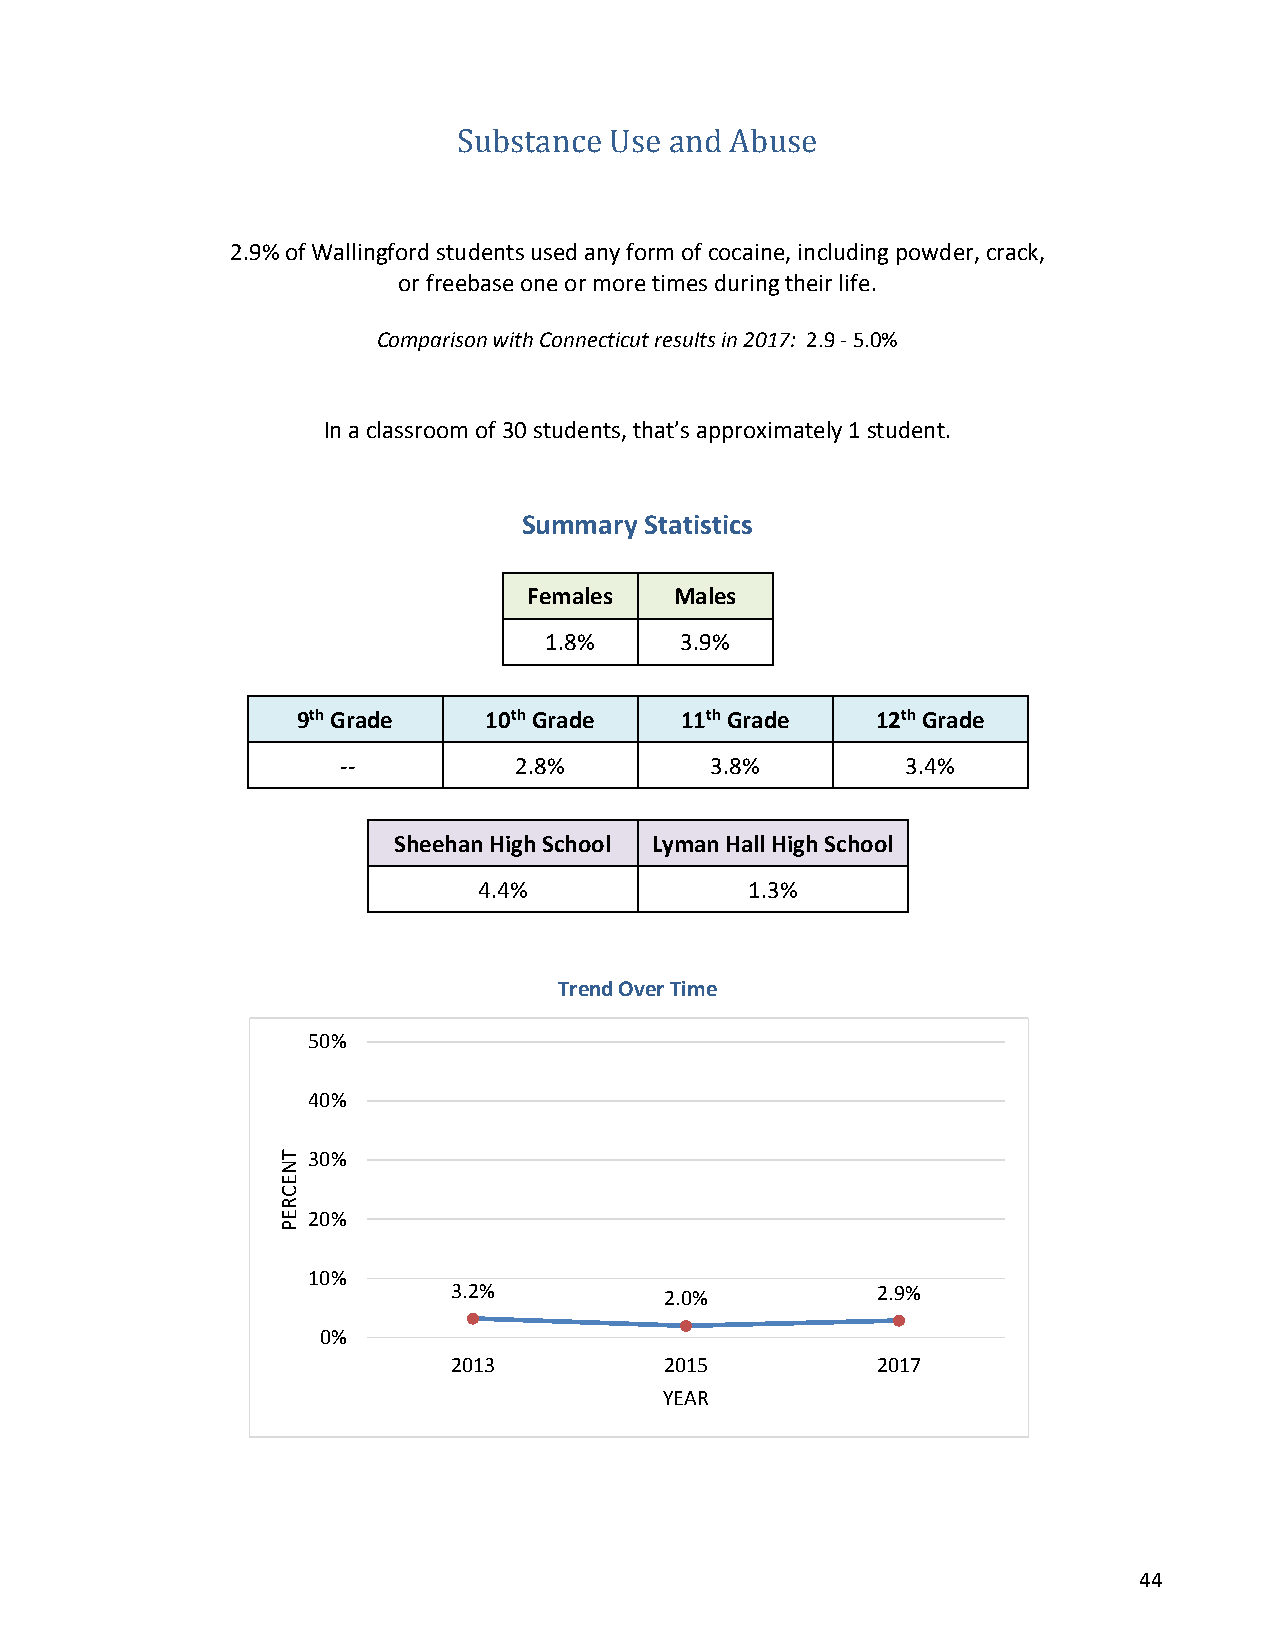
Substance Use and Abuse
 2.9% of Wallingford students used any form of cocaine, including powder, crack,
 or freebase one or more times during their life.
 Comparison with Connecticut results in 2017: 2.9 - 5.0%
 In a classroom of 30 students, that’s approximately 1 student.
 Summary Statistics
 Females   Males
 1.8%     3.9%
 9th Grade   10th Grade   11th Grade   12th Grade
 --         2.8%         3.8%         3.4%
 Sheehan High School Lyman Hall High School
 4.4%              1.3%
 Trend Over Time
 50%
 40%
 30%
 20%
 10%
 3.2%          2.0%          2.9%
 0%
 2013          2015          2017
 YEAR
 44
 TNECREP